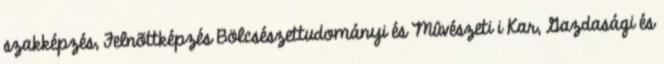
szakképzés, Felnõttképzés Bölcsészettudományi és Mûvészeti i Kar, Gazdasági és